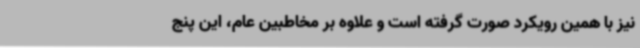
نیز با همین رویکرد صورت گرفته است و علاوه بر مخاطبین عام، این پنج